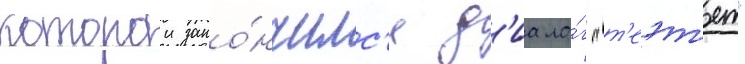
которои зако́нчилс'я д'иало́г "т'еэт'ет"